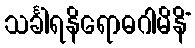
သင်္ခါရနိရောဓဂါမိနိံ